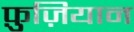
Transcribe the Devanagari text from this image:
फ़ुज़ियान